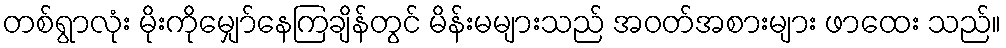
တစ်ရွာလုံး မိုးကိုမျှော်နေကြချိန်တွင် မိန်းမများသည် အဝတ်အစားများ ဖာထေး သည်။